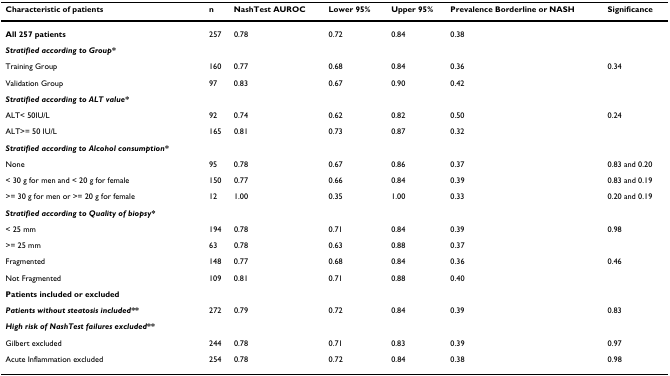
| Characteristic of patients | n | NashTest AUROC | Lower 95% | Upper 95% | Prevalence Borderline or NASH | Significance |
 | --- | --- | --- | --- | --- | --- | --- |
 | All 257 patients | 257 | 0.78 | 0.72 | 0.84 | 0.38 |  |
 | Stratified according to Group* |  |  |  |  |  |  |
 | Training Group | 160 | 0.77 | 0.68 | 0.84 | 0.36 | 0.34 |
 | Validation Group | 97 | 0.83 | 0.67 | 0.90 | 0.42 |  |
 | Stratified according to ALT value* |  |  |  |  |  |  |
 | ALT< 50IU/L | 92 | 0.74 | 0.62 | 0.82 | 0.50 | 0.24 |
 | ALT>= 50 IU/L | 165 | 0.81 | 0.73 | 0.87 | 0.32 |  |
 | Stratified according to Alcohol consumption* |  |  |  |  |  |  |
 | None | 95 | 0.78 | 0.67 | 0.86 | 0.37 | 0.83 and 0.20 |
 | < 30 g for men and < 20 g for female | 150 | 0.77 | 0.66 | 0.84 | 0.39 | 0.83 and 0.19 |
 | >= 30 g for men or >= 20 g for female | 12 | 1.00 | 0.35 | 1.00 | 0.33 | 0.20 and 0.19 |
 | Stratified according to Quality of biopsy* |  |  |  |  |  |  |
 | < 25 mm | 194 | 0.78 | 0.71 | 0.84 | 0.39 | 0.98 |
 | >= 25 mm | 63 | 0.78 | 0.63 | 0.88 | 0.37 |  |
 | Fragmented | 148 | 0.77 | 0.68 | 0.84 | 0.36 | 0.46 |
 | Not Fragmented | 109 | 0.81 | 0.71 | 0.88 | 0.40 |  |
 | Patients included or excluded |  |  |  |  |  |  |
 | Patients without steatosis included** | 272 | 0.79 | 0.72 | 0.84 | 0.39 | 0.83 |
 | High risk of NashTest failures excluded** |  |  |  |  |  |  |
 | Gilbert excluded | 244 | 0.78 | 0.71 | 0.83 | 0.39 | 0.97 |
 | Acute Inflammation excluded | 254 | 0.78 | 0.72 | 0.84 | 0.38 | 0.98 |